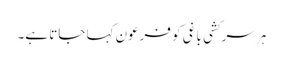
ہر سرکشی باغی کو فرعون کہا جاتا ہے۔